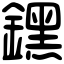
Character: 𨭆